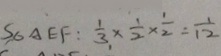
S _ { \Delta } A E F : \frac { 1 } { 3 } \times \frac { 1 } { 2 } \times \frac { 1 } { 2 } = \frac { 1 } { 1 2 }